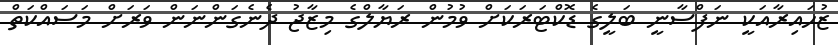
ޒުހައިރާއަކީ ނަފްސާނީ ބަލީގެ ޑޮކްޓަރަކަށް ވުމުން ރަޔާލްގެ މިޒާޖު ދެނެގަންނަން ވަރަށް މަސައްކަތް